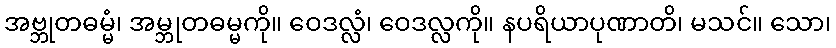
အဗ္ဘုတဓမ္မံ၊ အမ္ဘုတဓမ္မကို။ ဝေဒလ္လံ၊ ဝေဒလ္လကို။ နပရိယာပုဏာတိ၊ မသင်။ သော၊